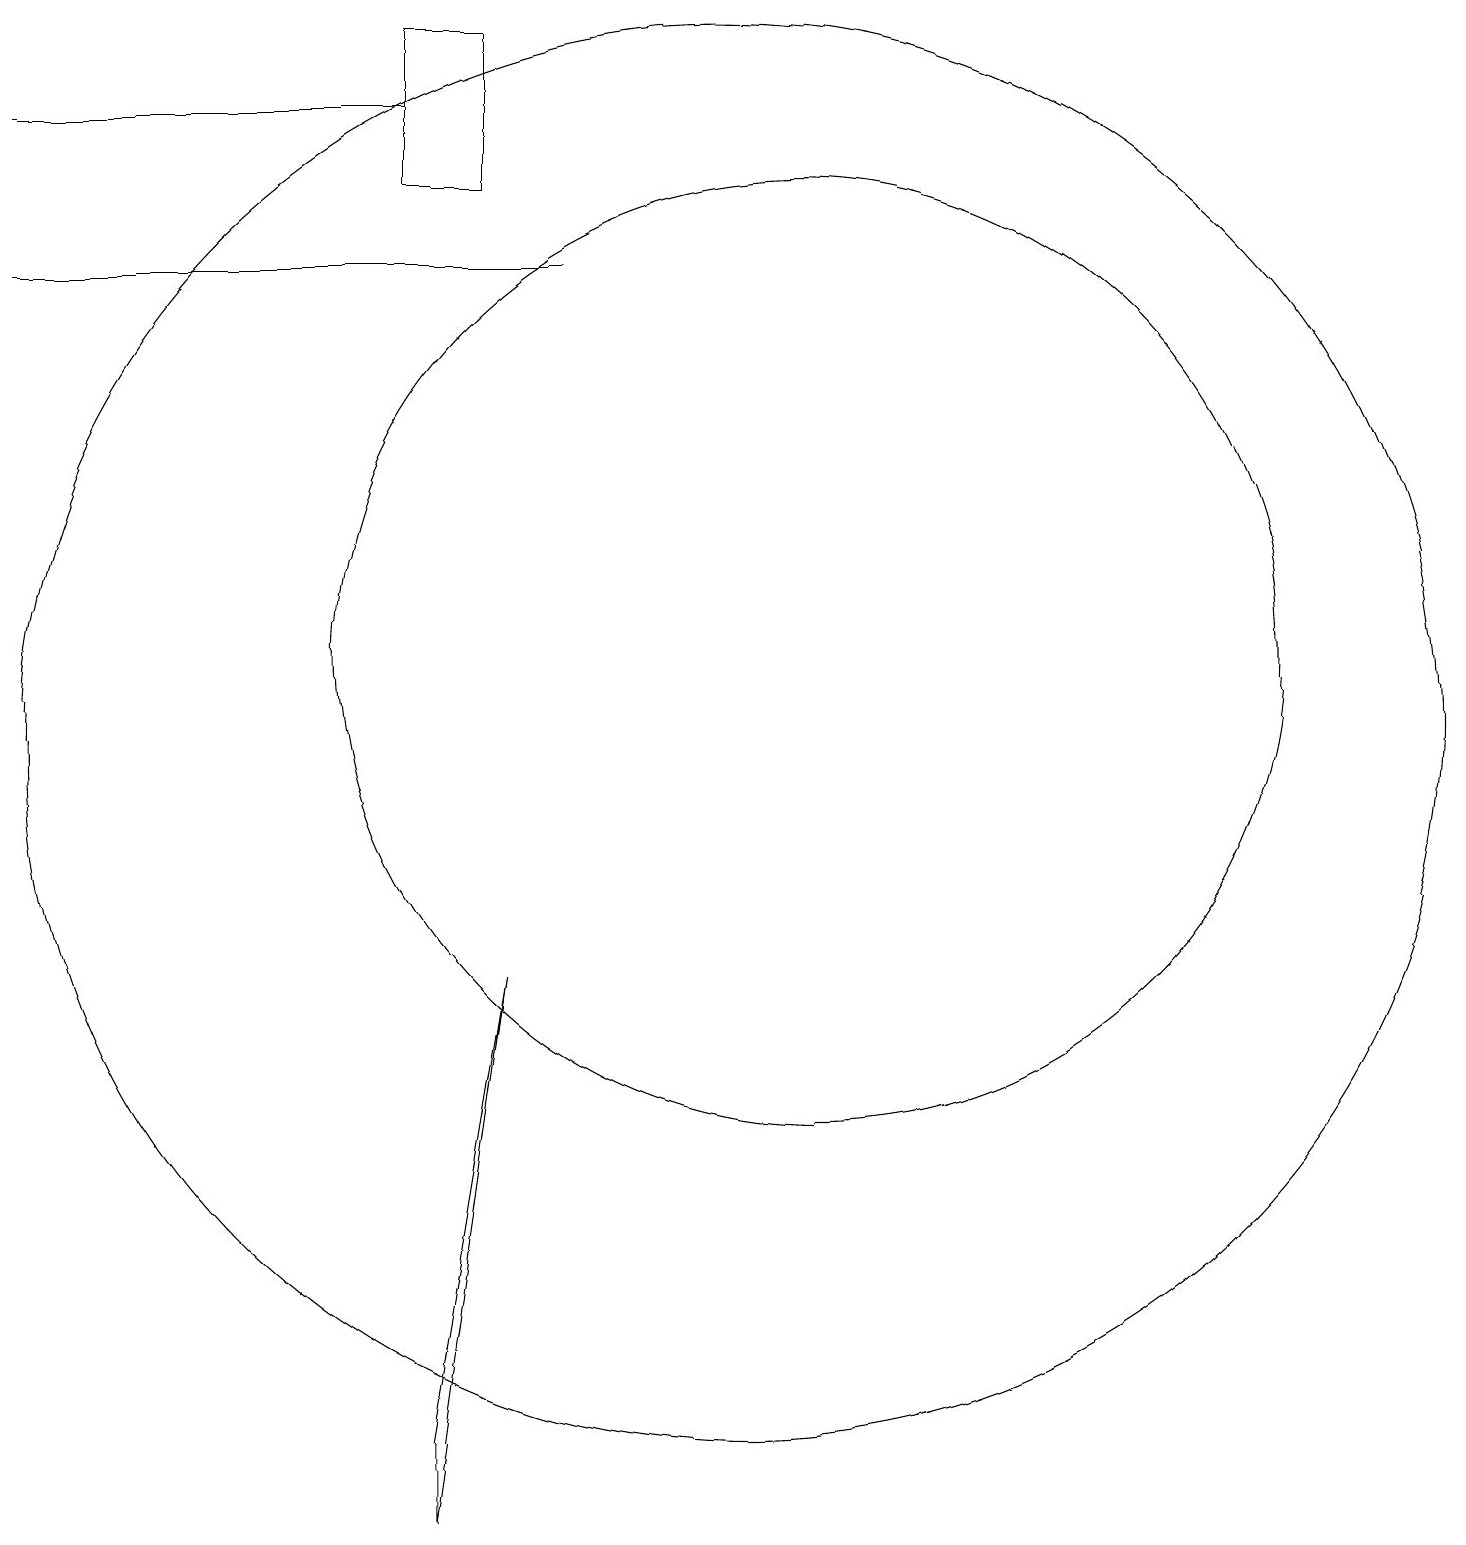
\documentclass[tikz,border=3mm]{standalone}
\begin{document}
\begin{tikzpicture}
\draw (7,18) rectangle (2,18);
\draw (12,11) circle (6);
\draw (7,0) -- (8,7) -- (7,1) -- cycle;
\draw (8,17) rectangle (7,19);
\draw (2,16) rectangle (9,16);
\draw (11,10) circle (0);
\draw (11,10) circle (9);
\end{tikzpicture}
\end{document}